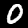
Label: 0